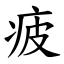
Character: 疲